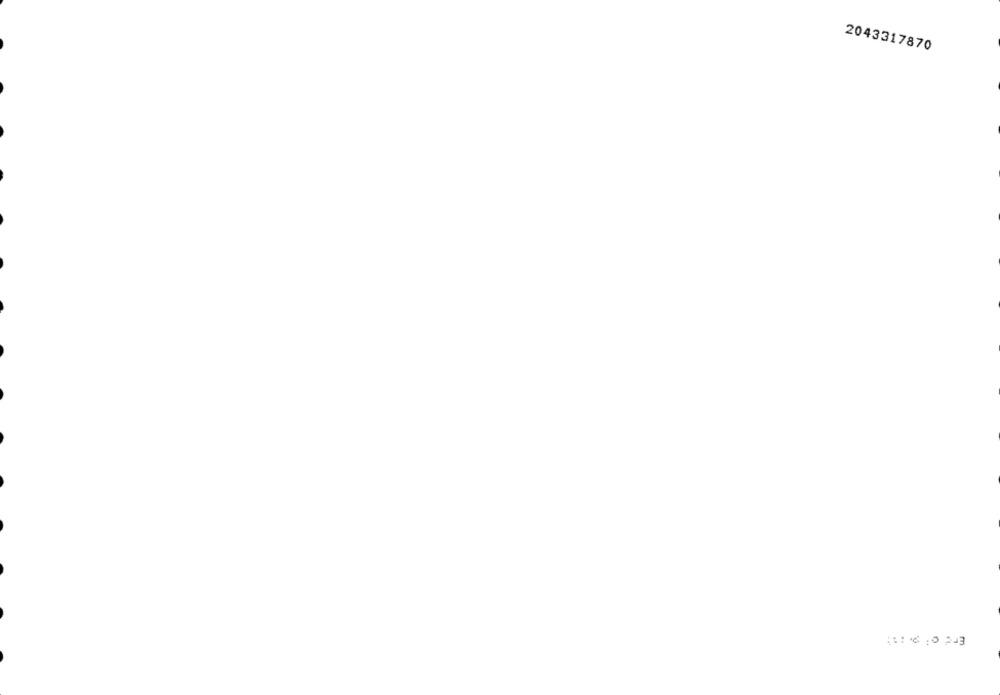
2043317870